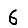
Digit: 6